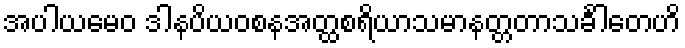
အပါယမေဝ ဒါနပိယဝစနအတ္ထစရိယာသမာနတ္တတာသင်္ခါတေဟိ